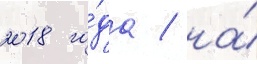
2018 го́да / на́